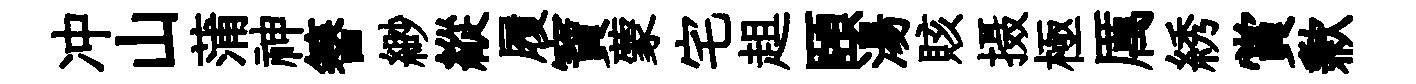
冲山蒲神簮緲縱履寶蒙宅趄頤湯賅摄極厲綉賞歉